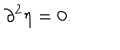
LaTeX: \partial ^ { 2 } \eta = 0 .